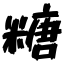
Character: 糖